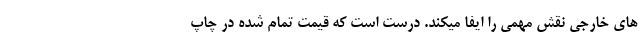
های خارجی نقش مهمی را ایفا میکند. درست است که قیمت تمام شده در چاپ